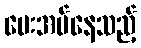
ပေးအပ်နေသည့်